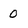
Character: 0